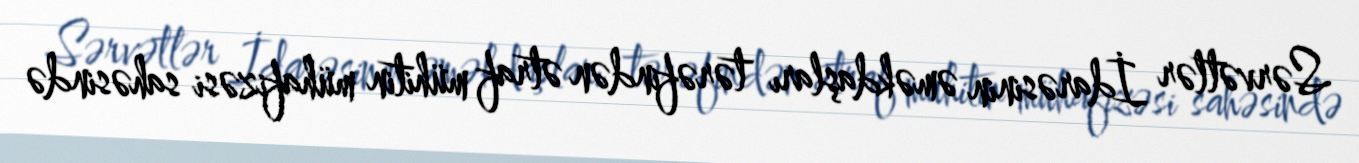
Sərvətlər İdarəsinin əməkdaşları tərəfindən ətraf mühitin mühafizəsi sahəsində